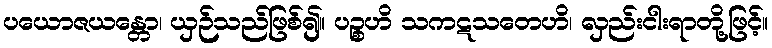
ပယောဇယန္တော၊ ယှဉ်သည်ဖြစ်၍။ ပဉ္စဟိ သကဋသတေဟိ၊ လှည်းငါးရာတို့ဖြင့်။